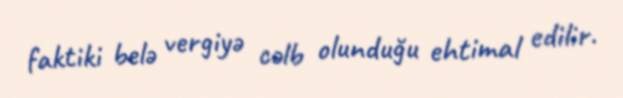
faktiki belə vergiyə cəlb olunduğu ehtimal edilir.